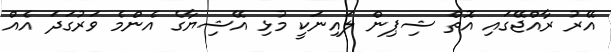
އޭރު ރާއްޖޭގައި އޮތް ޝިޕިން ލައިނަކީ މުޅި އޭޝިޔާގެ އެންމެ ވަރުގަދަ އެއް